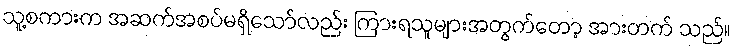
သူ့စကားက အဆက်အစပ်မရှိသော်လည်း ကြားရသူများအတွက်တော့ အားတက် သည်။